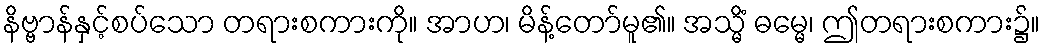
နိဗ္ဗာန်နှင့်စပ်သော တရားစကားကို။ အာဟ၊ မိန့်တော်မူ၏။ အသ္မိံ ဓမ္မေ၊ ဤတရားစကား၌။